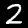
Digit: 2